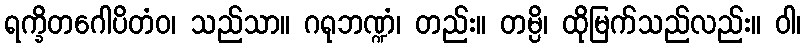
ရက္ခိတဂေါပိတံဝ၊ သည်သာ။ ဂရုဘဏ္ဍံ၊ တည်း။ တမ္ပိ၊ ထိုမြက်သည်လည်း။ ဝါ၊